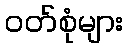
ဝတ်စုံများ